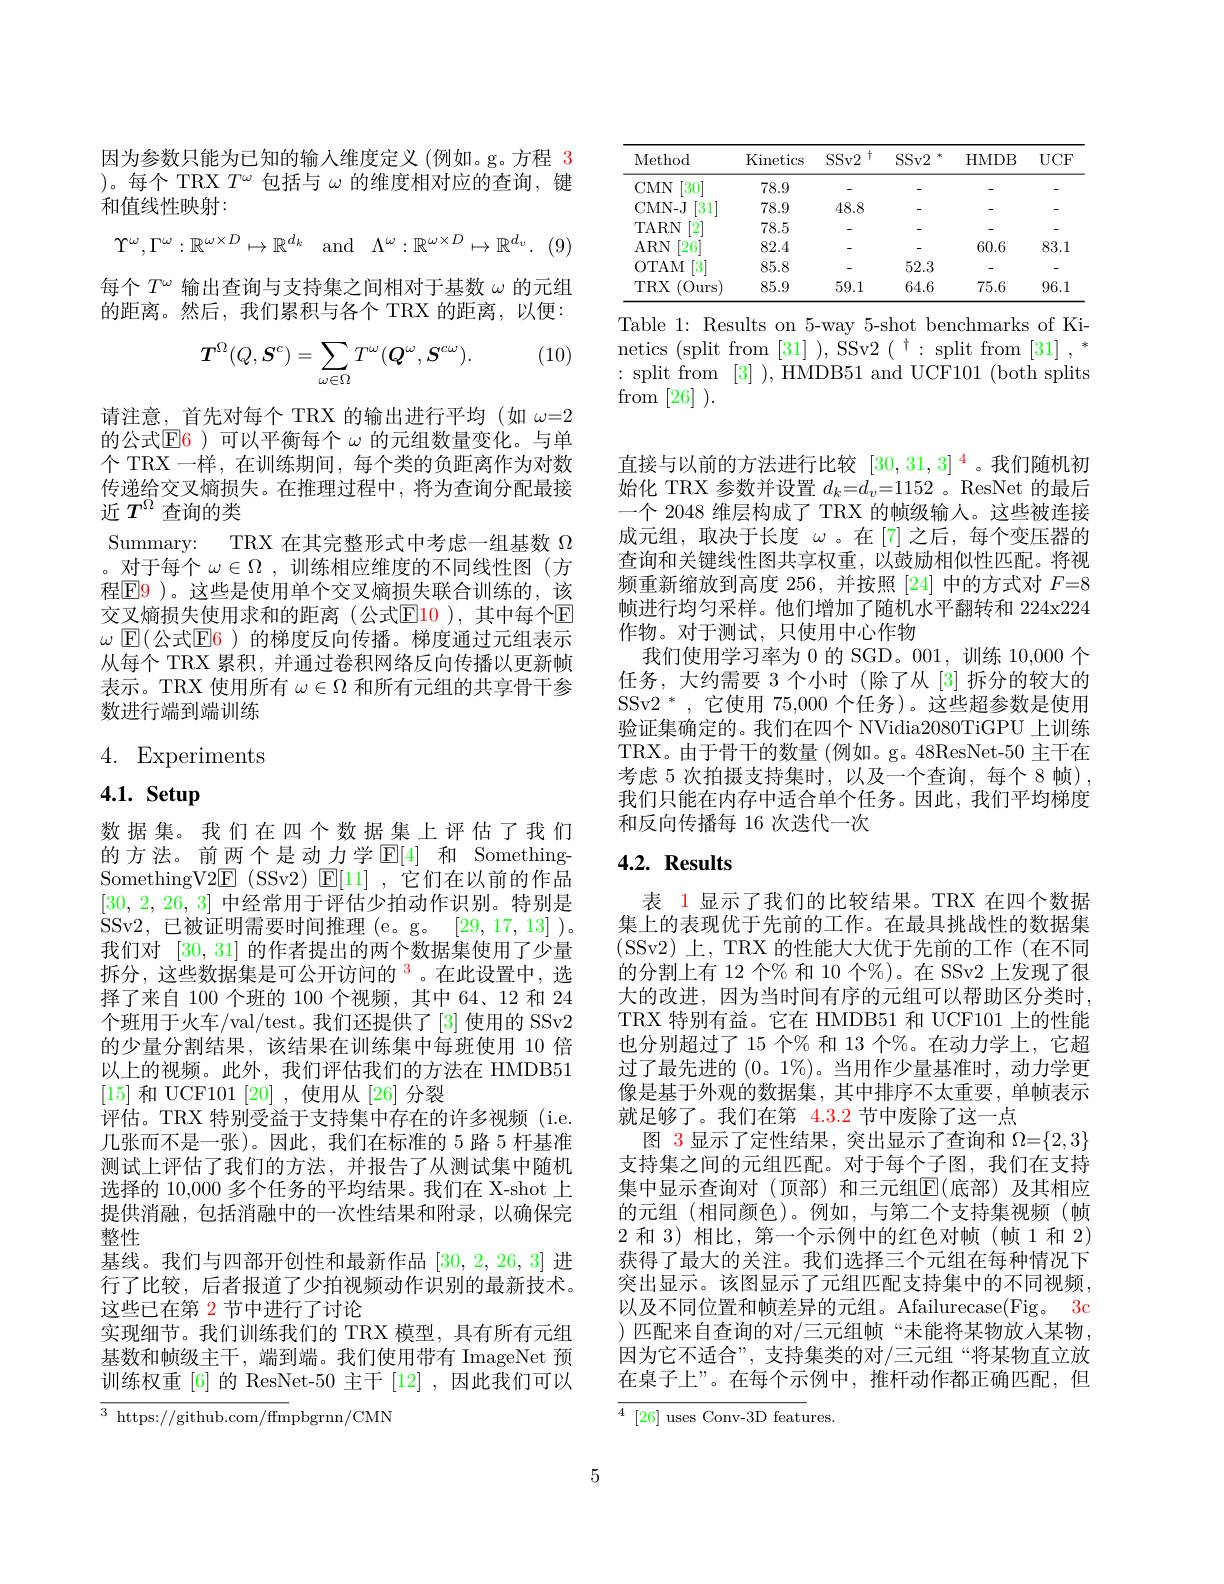
<table>
	<tbody>
		<tr>
			<th>Method</th>
			<th>Kinetics</th>
			<th>$SSv2$ $\dagger$</th>
			<th>$SSv2$ 女</th>
			<th>HMDB</th>
			<th>$UCF$</th>
		</tr>
		<tr>
			<td>$CMN$ [30]</td>
			<td>78.9</td>
			<td> </td>
			<td> </td>
			<td> </td>
			<td>-</td>
		</tr>
		<tr>
			<td>CMN- J 31</td>
			<td>78.9</td>
			<td>48.8</td>
			<td> </td>
			<td> </td>
			<td>-</td>
		</tr>
		<tr>
			<td>TARN $2^{\cdot}$</td>
			<td>78.5</td>
			<td>-</td>
			<td> </td>
			<td> </td>
			<td>-</td>
		</tr>
		<tr>
			<td>$ARN$ $[26^{.}$</td>
			<td>82.4</td>
			<td>-</td>
			<td> </td>
			<td>60.6</td>
			<td>83.1</td>
		</tr>
		<tr>
			<td>0TAM $[3^{\cdot}$</td>
			<td>85.8</td>
			<td>-</td>
			<td>52.3</td>
			<td> </td>
			<td>-</td>
		</tr>
		<tr>
			<td>$TRX$ (Ours</td>
			<td>85.9</td>
			<td>59.1</td>
			<td>64.6</td>
			<td>75.6</td>
			<td>96.1</td>
		</tr>
	</tbody>
</table>

Table 1: Results on 5-way 5-shot benchmarks of Kinetics (split from [31] ), SSv2 ( ' split from [31] , * :split from [3]),HMDB51 and UCF101(both splits $\mathop{\mathrm{from}}\left[26\right]).$

因为参数只能为已知的输入维度定义 (例如。g。方程 3 )。每个 TRX $T^\omega$包括与$\omega$的维度相对应的查询，键和值线性映射：
$$\Upsilon^\omega,\Gamma^\omega:\mathbb{R}^{\omega\times D}\mapsto\mathbb{R}^{d_k}\quad\mathrm{and}\quad\Lambda^\omega:\mathbb{R}^{\omega\times D}\mapsto\mathbb{R}^{d_v}.$$
每个$T^\mathrm{\omega}$输出查询与支持集之间相对于基数$\omega$的元组的距离。然后，我们累积与各个 TRX 的距离，以便：

(10)
$$\boldsymbol{T}^{\Omega}(Q,\boldsymbol{S}^{c})=\sum_{\omega\in\Omega}T^{\omega}(\boldsymbol{Q}^{\omega},\boldsymbol{S}^{c\omega}).$$
请注意，首先对每个 TRX 的输出进行平均 (如$\omega=2$ 的公式$\color{red}{\mathrm{E}}\color{blue}{\mathrm{6}}$)可以平衡每个 $\omega$ 的元组数量变化。与单个 TRX 一样，在训练期间，每个类的负距离作为对数传递给交叉熵损失。在推理过程中，将为查询分配最接近$T^\Omega$查询的类
Summary: TRX 在其完整形式中考虑一组基数$\Omega$ 。对于每个$\omega\in\Omega$ ,训练相应维度的不同线性图(方程$\color{red}{\mathrm{E}}\color{blue}{\mathrm{F}}$9 )。这些是使用单个交叉熵损失联合训练的，该交叉熵损失使用求和的距离(公式$\color{red}{\mathrm{E}}\color{red}{\mathrm{10}}$),其中每个$\color{red}{\mathrm{E}}$ $\omega$ $\mathbb{E}($公式$\mathbb{E}$6)的梯度反向传播。梯度通过元组表示从每个 TRX 累积，并通过卷积网络反向传播以更新帧表示。TRX 使用所有$\omega\in\Omega$和所有元组的共享骨干参数进行端到端训练

4. Experiments

4.1. Setup

数据集。我们在四个数据集上评估了我们的方法。前两个是动力学$\mathbb{E}[4]$ 和 SomethingSomethingV2$\mathbb{E}$ (SSv2) $\mathbb{E}[11]$ ,它们在以前的作品[30,2,26,3]中经常用于评估少拍动作识别。特别是$\dot{\mathrm{SSv2,~}}$已被证明需要时间推理(e。g。[29,17,13])。我们对[30,31]的作者提出的两个数据集使用了少量拆分，这些数据集是可公开访问的$^{\color{red}3}$。在此设置中，选择了来自 100 个班的 100 个视频，其中 64、12 和 24个班用于火车/val/test。我们还提供了[3]使用的 SSv2的少量分割结果，该结果在训练集中每班使用 10 倍以上的视频。此外，我们评估我们的方法在 HMDB51 [15]和 UCF101 [20] ,使用从 [26] 分裂
评估。TRX 特别受益于支持集中存在的许多视频(i.e. 几张而不是一张)。因此，我们在标准的 5 路 5 杆基准测试上评估了我们的方法，并报告了从测试集中随机选择的 10,000 多个任务的平均结果。我们在 X-shot 上提供消融，包括消融中的一次性结果和附录，以确保完整性
基线。我们与四部开创性和最新作品[30,2,26,3]进行了比较，后者报道了少拍视频动作识别的最新技术。这些已在第 2 节中进行了讨论
实现细节。我们训练我们的 TRX 模型，具有所有元组基数和帧级主干，端到端。我们使用带有 ImageNet 预训练权重[6]的 ResNet-50 主干[12],因此我们可以${\overline{{^3}\text{ https://github.com/ffm}}}$pbgrnn/CMN

直接与以前的方法进行比较$[30,31,3]^{\color{red}4}$。我们随机初始化 TRX 参数并设置$d_k=d_v=1152$ 。ResNet 的最后一个 2048 维层构成了 TRX 的帧级输人。这些被连接成元组，取决于长度$\omega$ 。在 [7]之后，每个变压器的查询和关键线性图共享权重，以鼓励相似性匹配。将视频重新缩放到高度 256,并按照 [24] 中的方式对$F=8$ 帧进行均匀采样。他们增加了随机水平翻转和 224x224作物。对于测试，只使用中心作物
我们使用学习率为 0 的 SGD。001, 训练 10,000 个任务，大约需要 3 个小时 (除了从[3]拆分的较大的SSv$2^*$,它使用 75,000 个任务)。这些超参数是使用验证集确定的。我们在四个 NVidia2080TiGPU 上训练TRX。由于骨干的数量 (例如。g。48ResNet-50 主干在考虑 5 次拍摄支持集时，以及一个查询，每个8 帧), 我们只能在内存中适合单个任务。因此，我们平均梯度和反向传播每 16 次迭代一次

# 4.2. Results

表 1 显示了我们的比较结果。TRX 在四个数据集上的表现优于先前的工作。在最具挑战性的数据集(SSv2)上，TRX 的性能大大优于先前的工作(在不同的分割上有 12 个% 和 10 个%)。在 SSv2 上发现了很大的改进，因为当时间有序的元组可以帮助区分类时， TRX 特别有益。它在 HMDB51 和 UCF101 上的性能也分别超过了 15 个% 和 13 个$\%$。在动力学上，它超过了最先进的(0。1%)。当用作少量基准时，动力学更像是基于外观的数据集，其中排序不太重要，单帧表示就足够了。我们在第$\color{red}{4.3.2}$节中废除了这一点
图 3 显示了定性结果，突出显示了查询和$\Omega=\{2,3\}$ 支持集之间的元组匹配。对于每个子图，我们在支持集中显示查询对(顶部)和三元组$\mathbb{E}($底部)及其相应的元组(相同颜色)。例如，与第二个支持集视频(帧2和 3) 相比，第一个示例中的红色对帧(帧1和 2) 获得了最大的关注。我们选择三个元组在每种情况下突出显示。该图显示了元组匹配支持集中的不同视频， 以及不同位置和帧差异的元组。Afailurecase(Fig。3c ) 匹配来自查询的对/三元组帧“未能将某物放入某物， 因为它不适合”, 支持集类的对/三元组“将某物直立放在桌子上”。在每个示例中，推杆动作都正确匹配，但

${\overline{4}}{[26]\text{ uses Conv-3D featu}}$res.

5